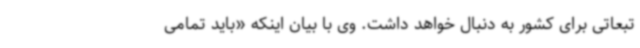
تبعاتی برای کشور به دنبال خواهد داشت. وی با بیان اینکه «باید تمامی